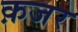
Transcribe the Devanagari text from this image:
क़जर